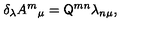
\delta _ { \lambda } A ^ { m } { } _ { \mu } = \mathsf { Q } ^ { m n } \lambda _ { n \mu } ,